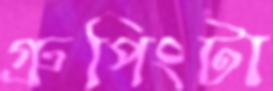
গ্রুপিংটা